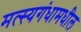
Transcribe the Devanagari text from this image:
मत्स्यगंधामधील